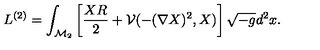
L ^ { ( 2 ) } = \int _ { \mathcal { M } _ { 2 } } \left[ \frac { X R } 2 + \mathcal { V } ( - ( \nabla X ) ^ { 2 } , X ) \right] \sqrt { - g } d ^ { 2 } x .